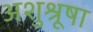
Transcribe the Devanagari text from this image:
अशुश्रूषा